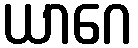
ယာဂေ